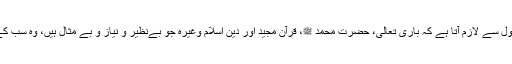
کیوں کہ مرزا قادیانی کے قول سے لازم آتا ہے کہ باری تعالی، حضرت محمد ﷺ، قرآن مجید اور دین اسلام وغیرہ جو بےنظیر و نیاز و بے مثال ہیں، وہ سب کے سب جھوٹ ہوں(معاذ اللہ!